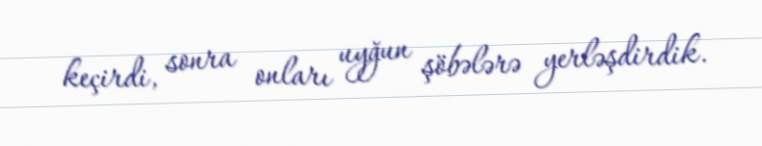
keçirdi, sonra onları uyğun şöbələrə yerləşdirdik.